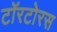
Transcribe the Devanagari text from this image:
टॉरटोरस